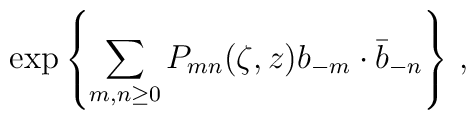
\exp\left\{\sum_{m,n\geq 0}P_{mn}(\zeta,z)b_{-m}\cdot\bar b_{-n}\right\}\,,